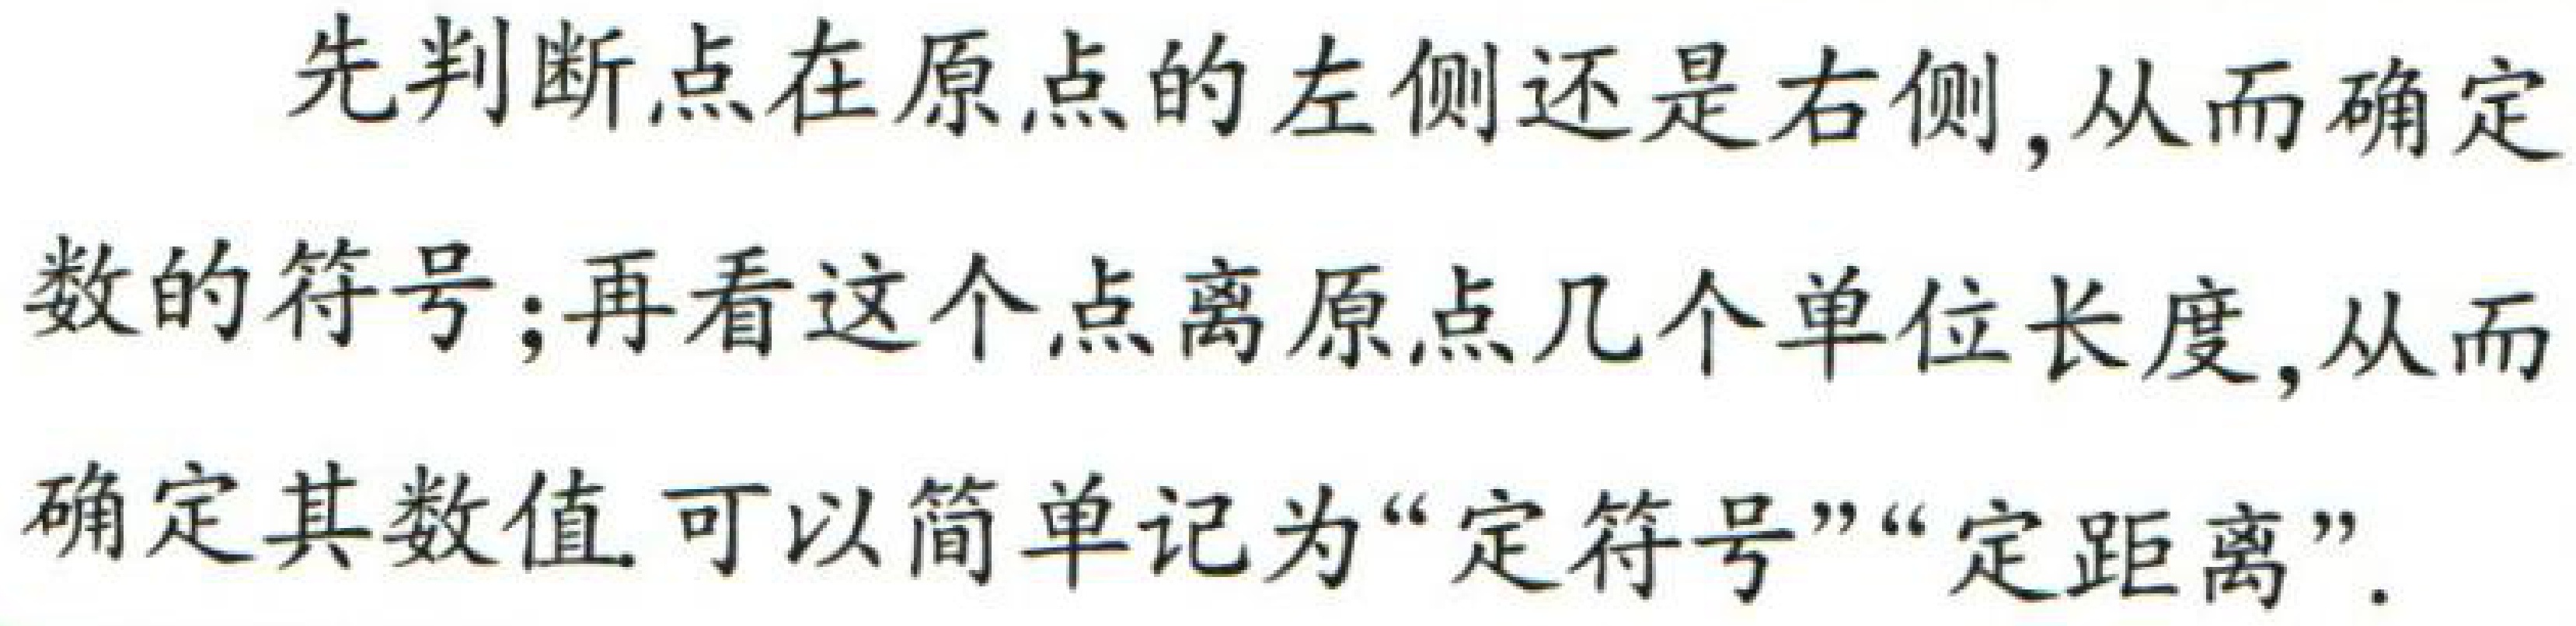
先判断点在原点的左侧还是右侧, 从而确定
数的符号; 再看这个点离原点几个单位长度, 从而
确定其数值. 可以简单记为 “定符号”“定距离”.